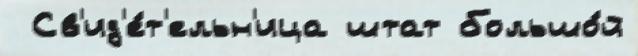
 Св'ид'е́т'ельн'ица штат большо́й